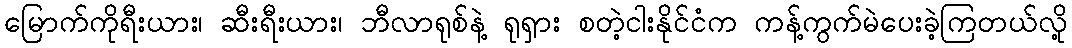
မြောက်ကိုရီးယား၊ ဆီးရီးယား၊ ဘီလာရုစ်နဲ့ ရုရှား စတဲ့ငါးနိုင်ငံက ကန့်ကွက်မဲပေးခဲ့ကြတယ်လို့